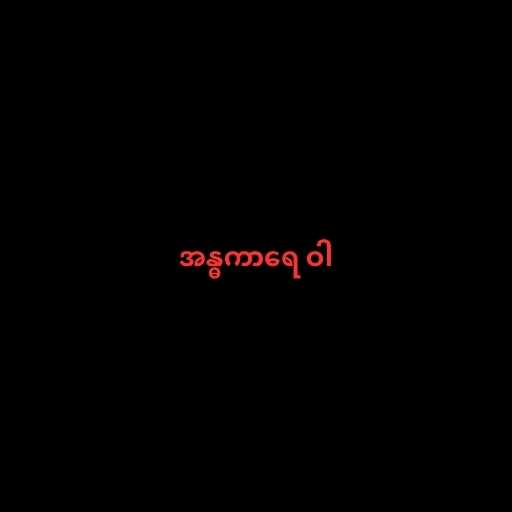
အန္ဓကာရေ ဝါ